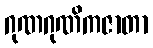
ဂုဏဂုဏိကဇာတာ